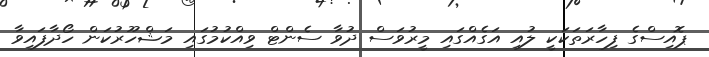
ޕޮއިސްގެ ފިހާރަތަކަކީ ލުއި އަގެއްގައި މީރުވަސް ދުވާ ސެންޓް ވިއްކުމުގައި މަޝްހޫރުކަން ހޯދާފައިވާ